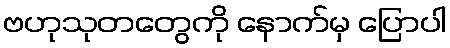
ဗဟုသုတတွေကို နောက်မှ ပြောပါ